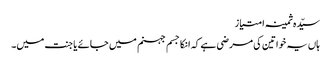
سیّدہ ثمینہ امتیاز
ہاں یہ خواتین کی مرضی ہے کہ انکا جسم جہنم میں جائے یا جنت میں۔